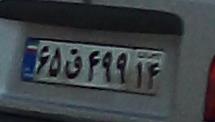
۶۵ق۴۹۹۱۴